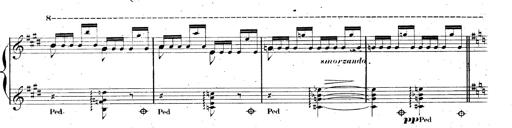
Title: AnnÃ©es de pÃ¨lerinage II, SupplÃ©ment
Composer: Franz Liszt